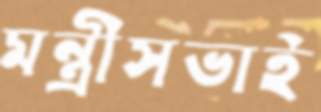
মন্ত্রীসভাই